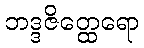
ဘဒ္ဒဇိတ္ထေရော